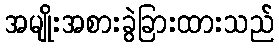
အမျိုးအစားခွဲခြားထားသည်